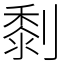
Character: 㓿